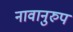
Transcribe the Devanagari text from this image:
नावानुरुप